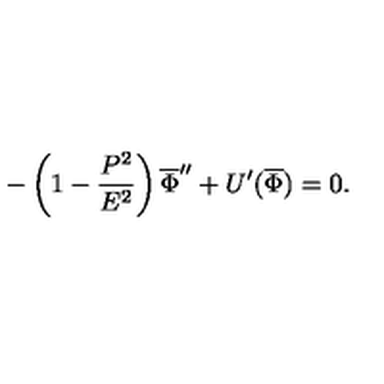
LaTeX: - \left( 1 - \frac { P ^ { 2 } } { E ^ { 2 } } \right) \overline { { \Phi } } ^ { \prime \prime } + U ^ { \prime } ( \overline { { \Phi } } ) = 0 .